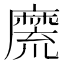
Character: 𪎣